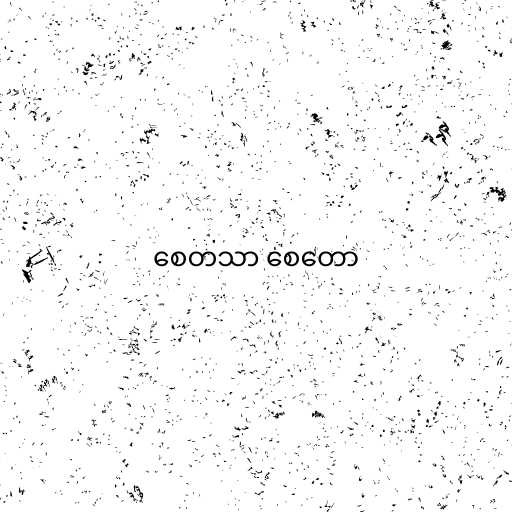
စေတသာ စေတော